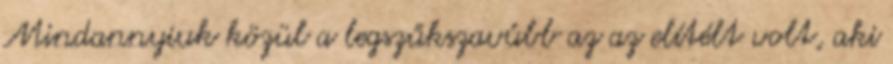
Mindannyiuk közül a legszűkszavúbb az az elítélt volt, aki